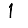
Digit: 1